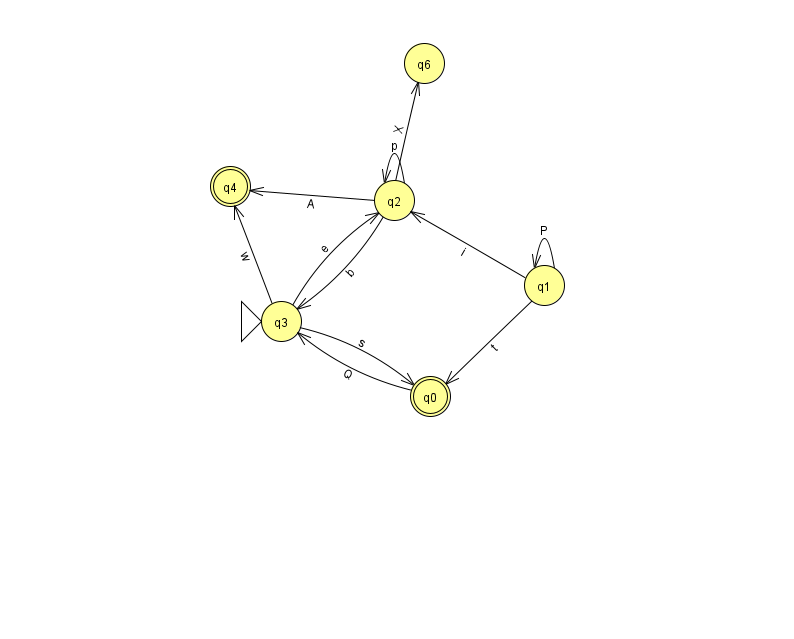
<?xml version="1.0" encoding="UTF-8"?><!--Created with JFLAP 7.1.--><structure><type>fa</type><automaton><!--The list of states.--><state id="0" name="q0"><x>430.0</x><y>383.0</y><final/></state><state id="1" name="q1"><x>544.0</x><y>272.0</y></state><state id="2" name="q2"><x>394.0</x><y>187.0</y></state><state id="3" name="q3"><x>281.0</x><y>308.0</y><initial/></state><state id="4" name="q4"><x>230.0</x><y>173.0</y><final/></state><state id="6" name="q6"><x>424.0</x><y>50.0</y></state><!--The list of transitions.--><transition><from>1</from><to>1</to><read>P</read></transition><transition><from>2</from><to>2</to><read>p</read></transition><transition><from>3</from><to>4</to><read>w</read></transition><transition><from>1</from><to>2</to><read>i</read></transition><transition><from>3</from><to>2</to><read>e</read></transition><transition><from>2</from><to>4</to><read>A</read></transition><transition><from>3</from><to>0</to><read>s</read></transition><transition><from>0</from><to>3</to><read>Q</read></transition><transition><from>2</from><to>3</to><read>b</read></transition><transition><from>2</from><to>6</to><read>X</read></transition><transition><from>1</from><to>0</to><read>t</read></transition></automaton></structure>